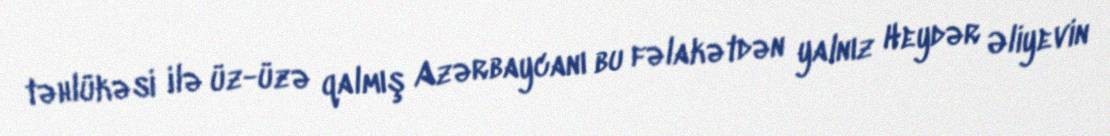
təhlükəsi ilə üz-üzə qalmış Azərbaycanı bu fəlakətdən yalnız Heydər Əliyevin